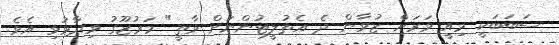
ސަބަބަކީ މިއީ ވަރަށް ޒުވާން ދެ އެތުލީޓުންނަށް ވާތީ" މަރުޒޫގު ވިދާޅުވި އެވެ.